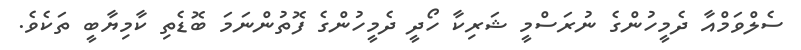
ސެލްވަމްއާ ދެމީހުންގެ ނުރަސްމީ ޝަރިކާ ހޯދީ ދެމީހުންގެ ފޮތުންނަމަ ބޮޑެތި ކާމިޔާބީ ތަކެވެ.